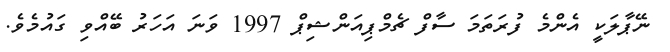
ނޭޕާލަކީ އެންމެ ފުރަތަމަ ސާފް ޗެމްޕިއަންޝިޕް 1997 ވަނަ އަހަރު ބޭއްވި ގައުމެވެ.